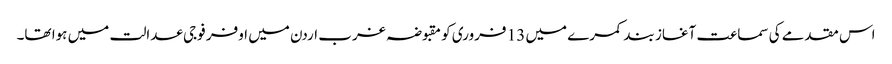
اس مقدمے کی سماعت آغاز بند کمرے میں 13 فروری کو مقبوضہ غرب اردن میں اوفر فوجی عدالت میں ہوا تھا۔